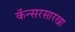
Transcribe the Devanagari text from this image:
कॅन्सरसारखा